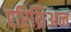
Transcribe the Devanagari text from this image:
एरिथ्रिअन